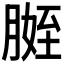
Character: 𱼒